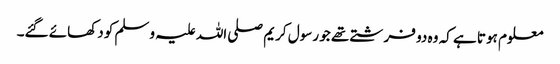
معلوم ہوتا ہے کہ وہ دو فرشتے تھے جو رسول کریم صلی اللہ علیہ وسلم کو دکھائے گئے۔